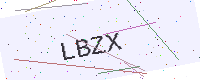
Text: LBZX